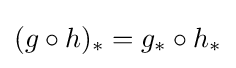
(g\circ h)_{*}=g_{*}\circ h_{*}